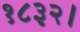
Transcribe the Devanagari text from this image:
१८३२।